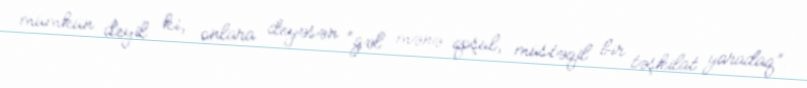
mümkün deyil ki, onlara deyəsən “gəl mənə qoşul, müstəqil bir təşkilat yaradaq”.